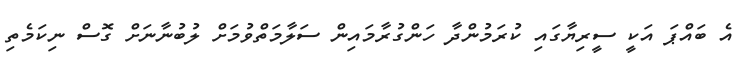
އެ ބައްޕަ އަކީ ސީރިޔާގައި ކުރަމުންދާ ހަންގުރާމައިން ސަލާމަތްވުމަށް ލުބުނާނަށް ގޮސް ނިކަމެތި